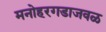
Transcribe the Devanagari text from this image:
मनोहरगडाजवळ